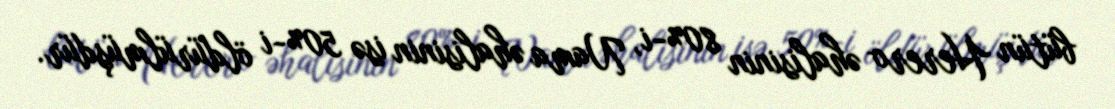
bütün Herero əhalisinin 80%-i, Nama əhalisinin isə 50%-i öldürülmüşdür.